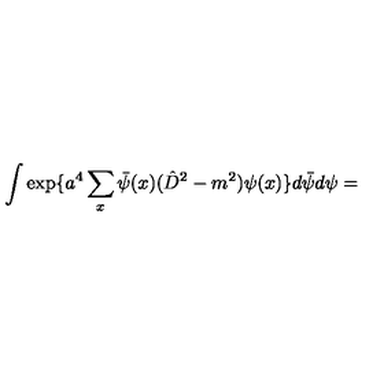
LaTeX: \int \exp \{ a ^ { 4 } \sum _ { x } \bar { \psi } ( x ) ( \hat { D } ^ { 2 } - m ^ { 2 } ) \psi ( x ) \} d \bar { \psi } d \psi =